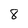
Character: 8